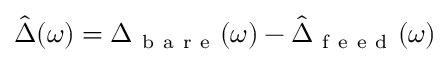
\hat { \Delta } ( \omega ) = \Delta _ { \mathrm { ~ b ~ a ~ r ~ e ~ } } ( \omega ) - \hat { \Delta } _ { \mathrm { ~ f ~ e ~ e ~ d ~ } } ( \omega )